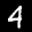
Label: 4